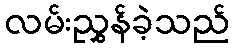
လမ်းညွှန်ခဲ့သည်